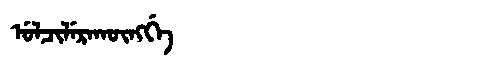
Manchu: ᡠᠯᠴᡳᠯᡝᡵᠠᡴᡡᠩᡤᡝ
Romanization: ULCILERAKŪNGGE